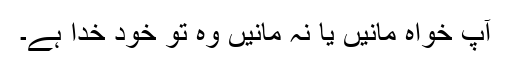
آپ خواہ مانیں یا نہ مانیں وہ تو خود خدا ہے۔